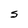
Character: S